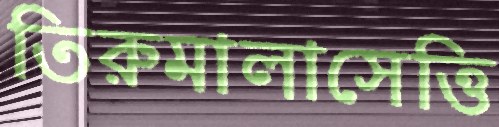
তিরুমালাসেত্তি